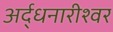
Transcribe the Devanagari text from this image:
अर्द्धनारीश्वर